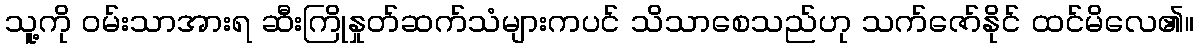
သူ့ကို ဝမ်းသာအားရ ဆီးကြိုနှုတ်ဆက်သံများကပင် သိသာစေသည်ဟု သက်ဇော်နိုင် ထင်မိလေ၏။